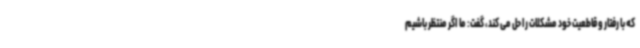
که با رفتار و قاطعیت خود مشکلات را حل می کند، گفت: ما اگر منتظر باشیم